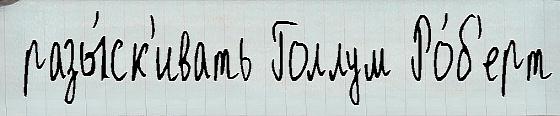
 разы́ск'ивать Голлум Ро́б'ерт